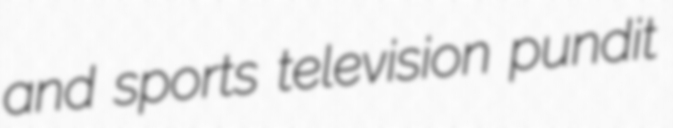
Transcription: and sports television pundit